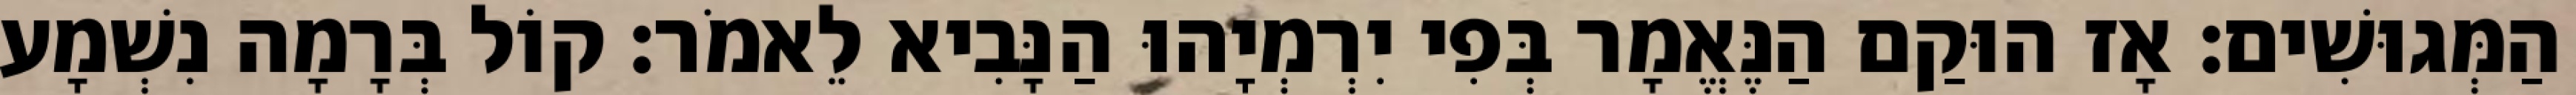
הַמְּגוּשִׁים׃ אָז הוּקַם הַנֶּאֱמָר בְּפִי יִרְמְיָהוּ הַנָּבִיא לֵאמֹר׃ קוֹל בְּרָמָה נִשְׁמָע